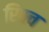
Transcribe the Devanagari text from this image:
रिस्र्च